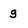
Character: g